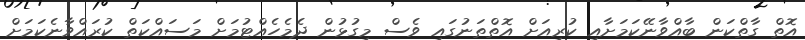
އޮތް ގާތްކަން ބާއްވާނޭކަމަށާއި ކުރިއަށް އޮތްތަނުގައި ވެސް މިގުޅުން ދެމެހެއްޓުމަށް މަަސައްކަތް ކުރައްވާނެކަމަށް